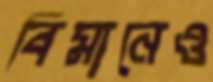
বিমানেও